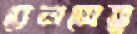
রেলসেতু